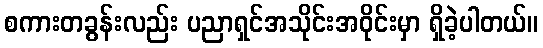
စကားတခွန်းလည်း ပညာရှင်အသိုင်းအဝိုင်းမှာ ရှိခဲ့ပါတယ်။